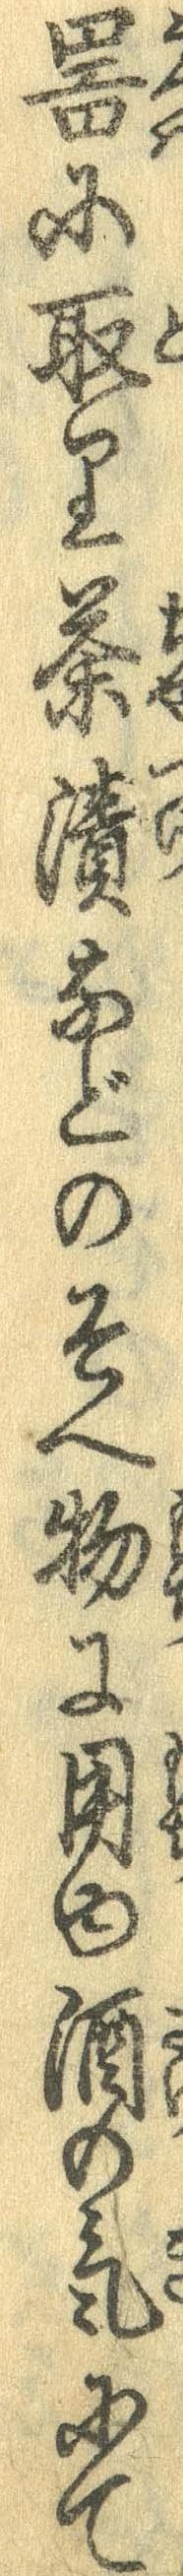
器に取り茶漬などのそへ物に用ゆ酒の気にて